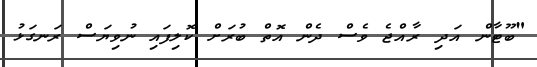
"ބޫޓާން އަދި ރާއްޖެ ވެސް ދެން އޮތް ބުރަށް ކޮލިފައި ނުވިޔަސް ރަނގަޅު